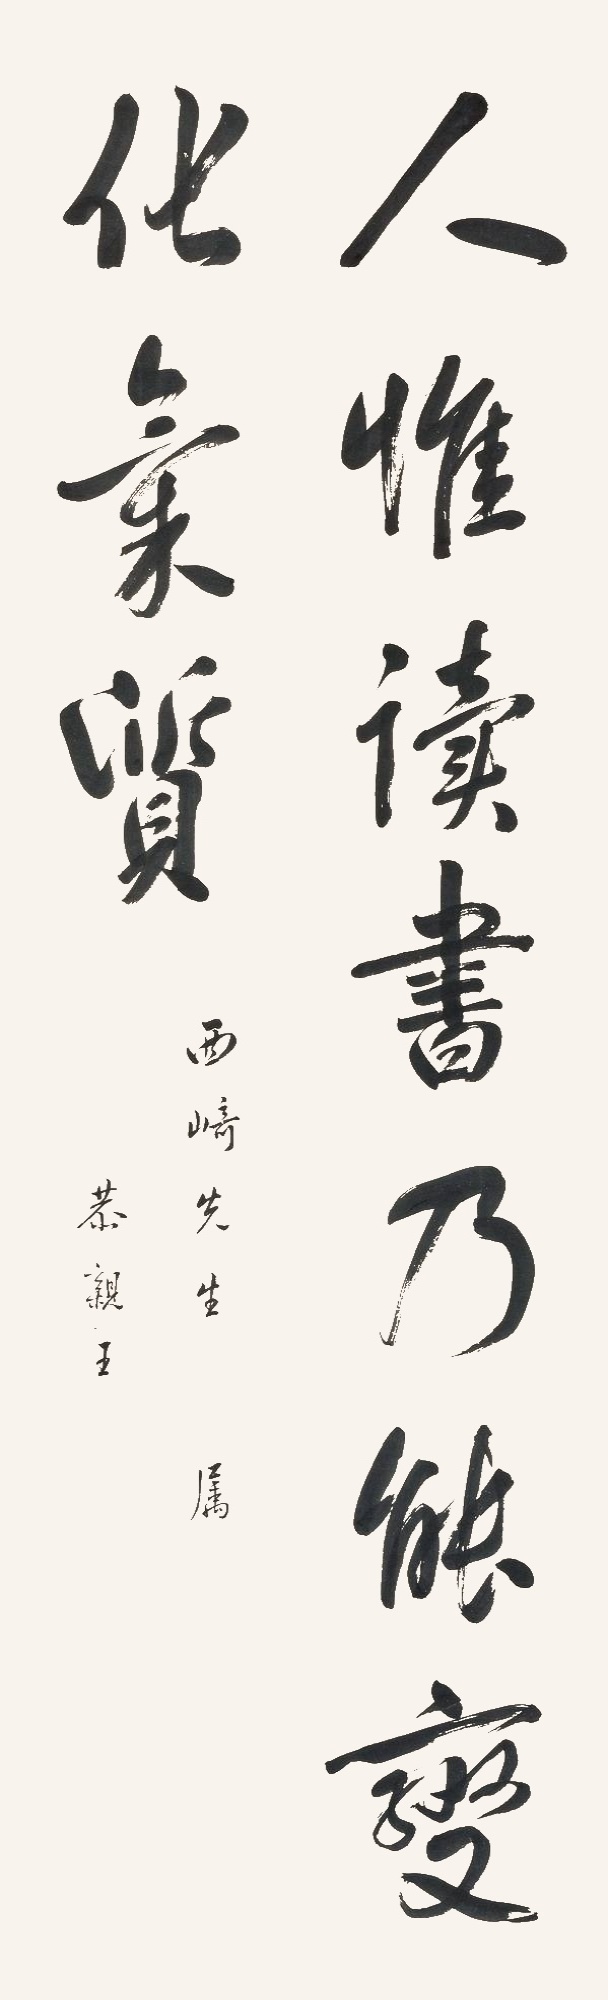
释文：人唯读书乃能变化气质。西崎先生属，恭亲王。